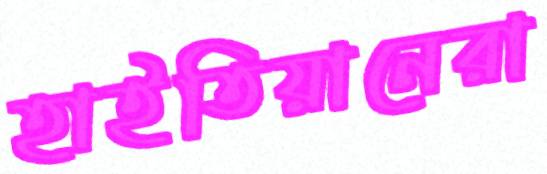
হাইতিয়ানেরা